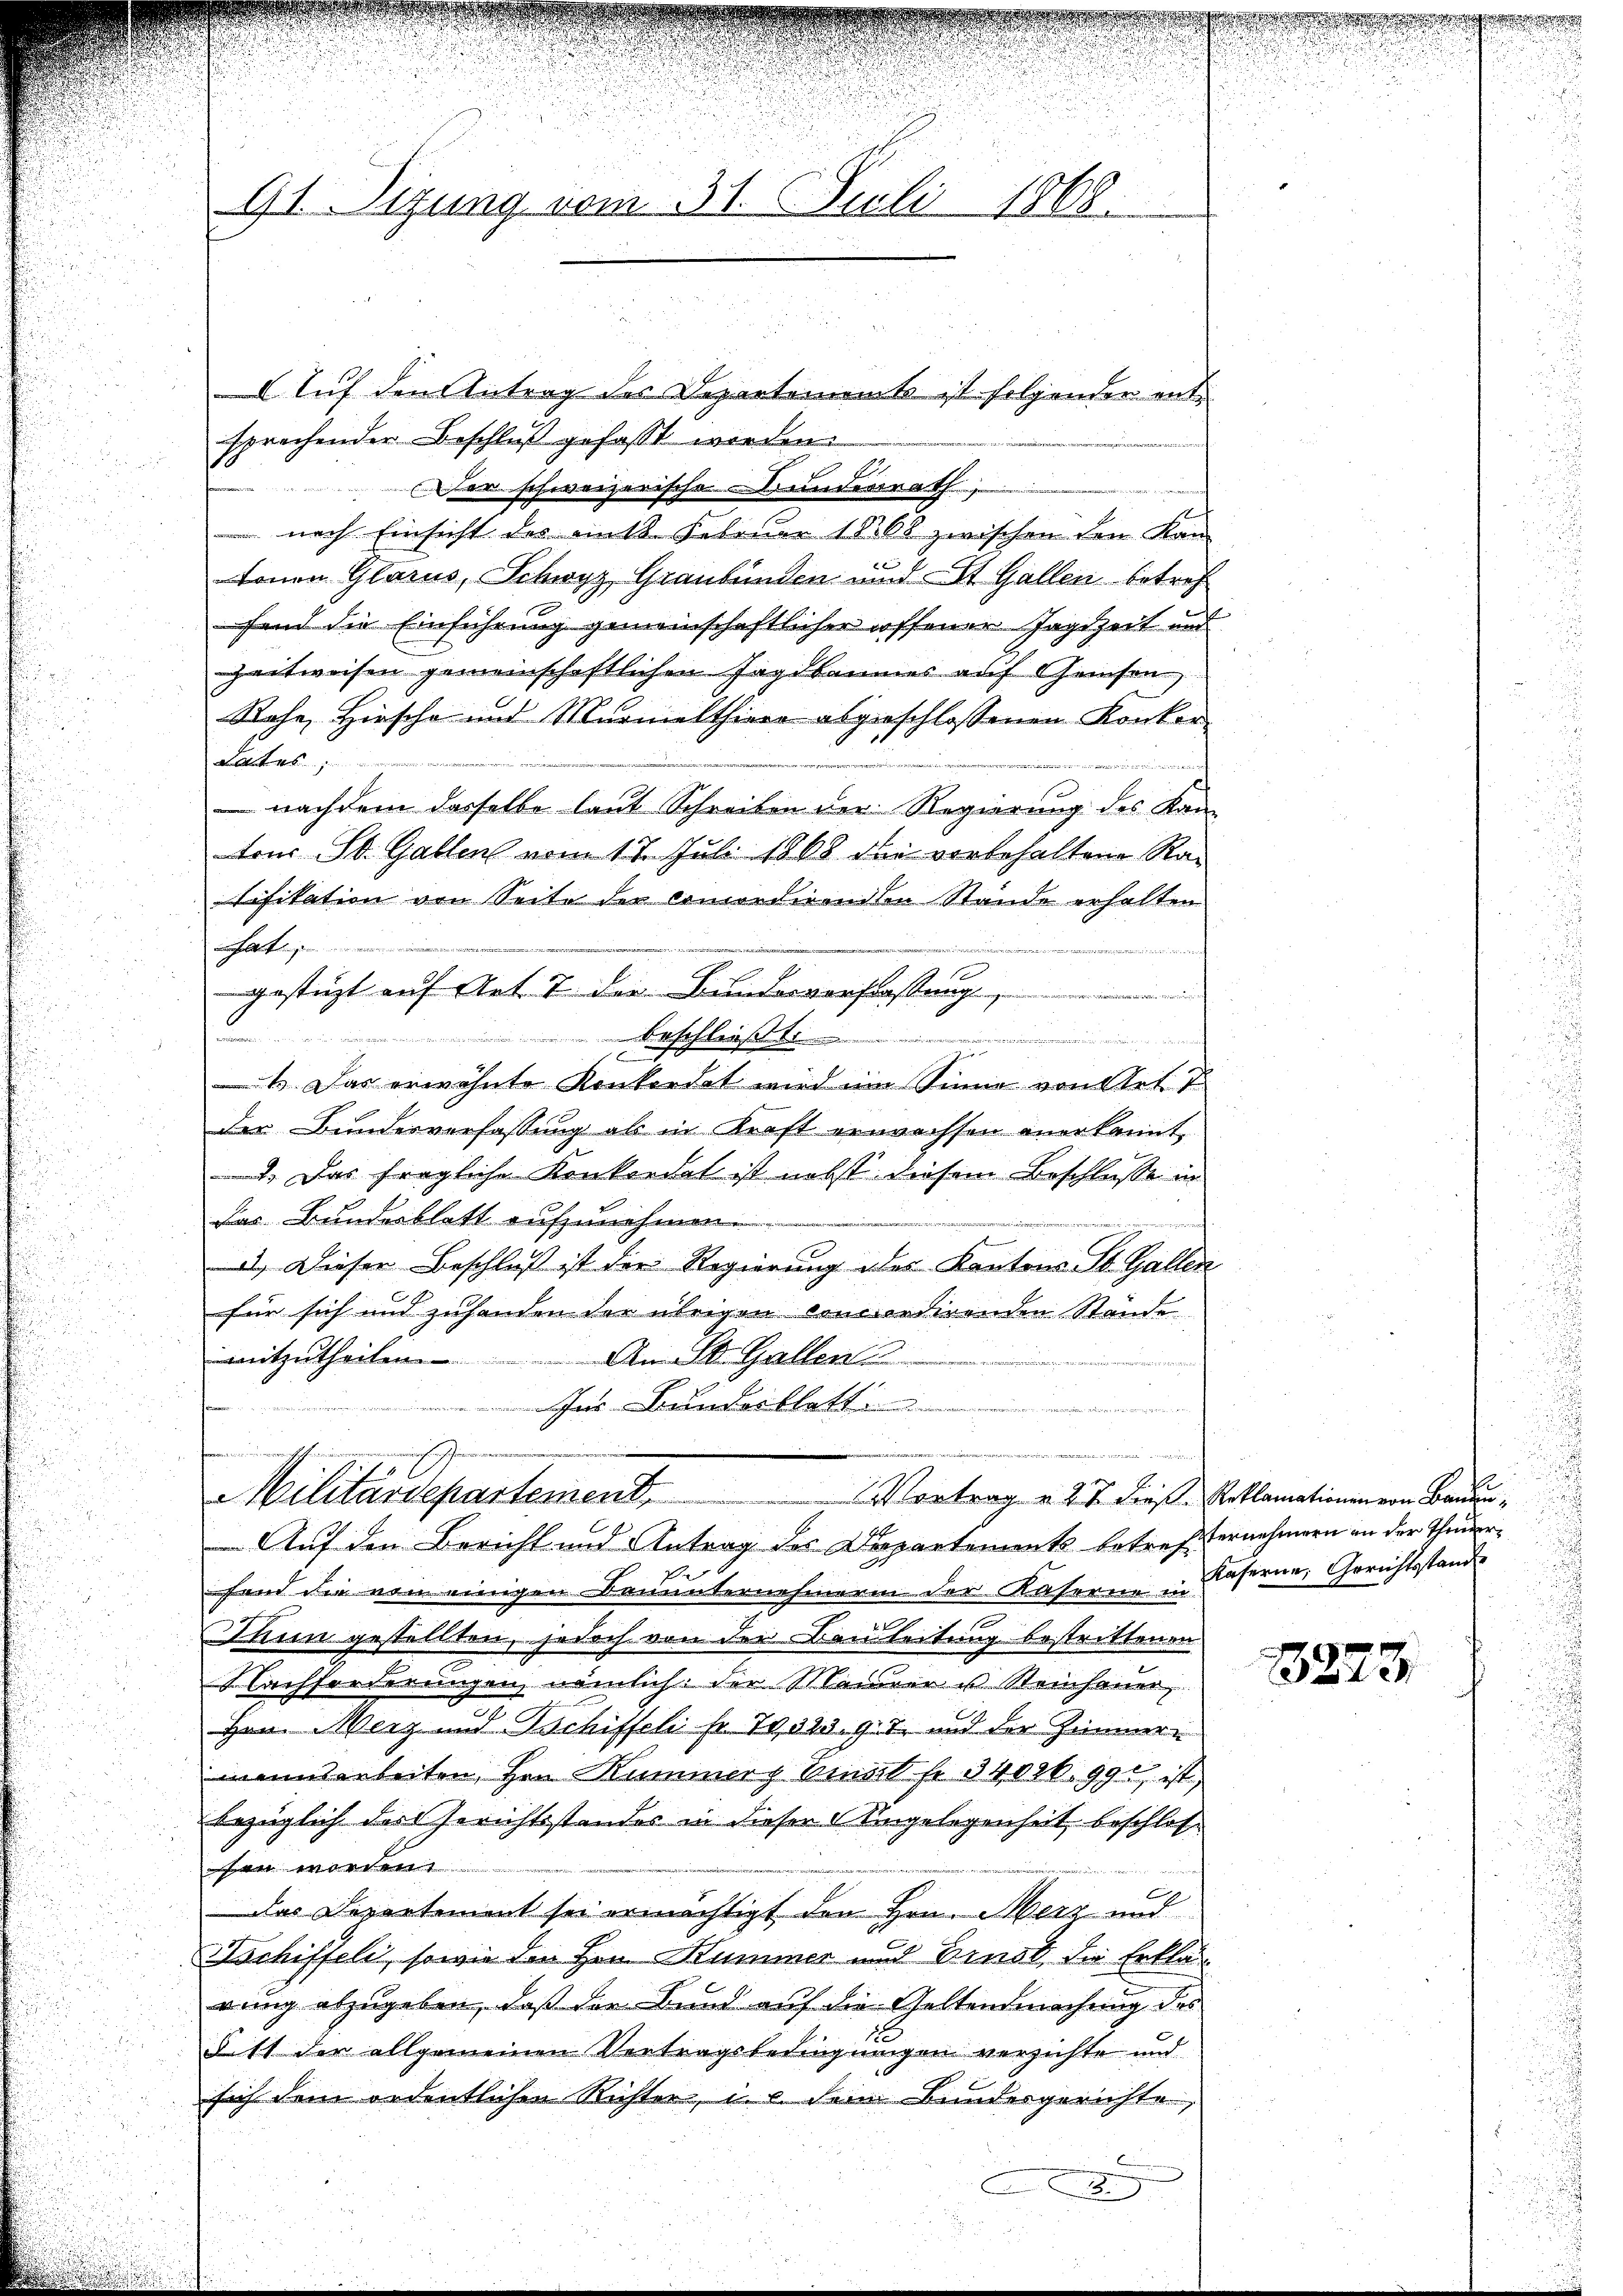
91. Sizung vom 31. Juli 1868.
 Auf dem Antrag des Departement ist folgenden ent-

sprechender Beschluß gefasst werden.
Der schweizerische Abänderrath
nach Einsicht des amtl. Februar 1868 zwischen den Kantenen Glarus, Schwyz, Graubünden und St. Gallen betreffand die Einführung gemeinschaftlicher offener Jagdzeit und
Zeitweisen gemeinschaftlichen Jagdbaumes auf Geisen,
Rahe, Hirsche und Murmelthiere abgeschlossenen Konkort
 nachdem dasselbe laut Schreiben der Regierung des Kam
tons St. Gallen vom 17. Juli 1868 die vorbehaltene Ra¬
Tafikation von Seite der concordirenden Stände erhalten
inhalteten

u
e
mam ist
beschließt
.
s
s
t Das erwähnte Konkordat wird im Sinne von des T
der Bundesverfassung als in Kraft erwachsen anerkannt,
n
. Das fragliche Konkordat ist nebst diesem Beschlusse in
das Bundesblatt aufzunehmen.
n
3) Dieser Beschluß ist der Regierung des Kantons St. Gallen
für sich und zuhanden der übrigen concordirenden Stände
mitzutheilen.
An St. Gallen
er Bunderblatt

u
Militärdepartement. Vortrag u. 27 dieß Reklamationen von Bauen¬
Auf den Bericht und Antrag des Departements betref-
fand die von einigen Bauunternehmerin der Kaserne in Käserne, Gerichtsstande
Thun gestellten, jedoch von der Bauleitung bestrittenen
Nachforderungen, nämlich: der Maurer u Steinhauer,
Hrn. Merz und Tschiffeli fr. 79323.9.7. und der Zimmer-
mannsarbeiten, Hrn. Kummerz binat Fr. 34020. 991, ist,
bezüglich der Gerichtsstandes in dieser Eingelegenheit beschlosstatt et statt
Das Departement sei ermächtigt den Hrn. Merz und
Ischiffeli, sowie den Hrn. Kummer und Dinst, die Erklär
rung abzugeben, daß der Bund auf die Geltendmachung des
dritt der allgemeinen Vertragsbedingungen verzichte und
sich dem ordentlichen Richter, i. e. dem Bundesgerichte,

gestützt auf Art. 7 die Bundesverfassung

c

ternehmern in der Thuner¬

1223.

d
.